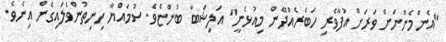
"އެންމެންނަށް ވަރަށް އުފާވެރި ހަބަރެއްދޭން މިއުޅެނީ" އަލިޝްބާ ބުންޏެވެ. ސުމައްޔާ ހިނިތުންވެލައިގެން އިނެވެ.